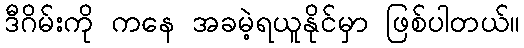
ဒီဂိမ်းကို ကနေ အခမဲ့ရယူနိုင်မှာ ဖြစ်ပါတယ်။